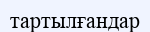
тартылғандар